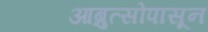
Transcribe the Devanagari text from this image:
आब्रुत्सोपासून